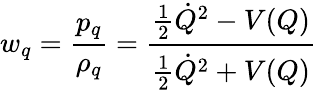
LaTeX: w_{q}={\frac{p_{q}}{\rho_{q}}}={\frac{{\frac{1}{2}}{\dot{Q}}^{2}-V(Q)}{{\frac{1}{2}}{\dot{Q}}^{2}+V(Q)}}